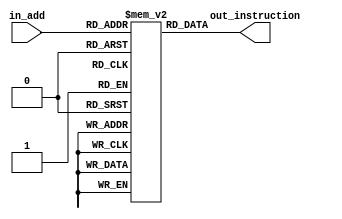

//outputs:
//out_instruction: instruction

module Program_Memory(in_add, out_instruction);
  //defining ports
  input[7:0] in_add;
  output[29 - 1 : 0] out_instruction;
  
  //defining program memory
  reg[29 - 1:0] p_mem[255:0];
  
  assign out_instruction = p_mem[in_add];
  
  //putting in instruction ourselves
  initial
  begin
	 p_mem[0] = 0;
    p_mem[1] = 29'b00001_00000010_00000000_00000001;
	 p_mem[2] = 29'b00101_00000011_00000010_00001000;
	 p_mem[3] = 29'b00110_00000100_00000011_00000010;
  end
  
endmodule